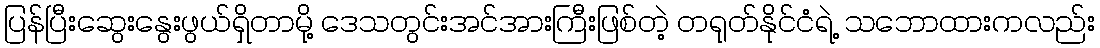
ပြန်ပြီးဆွေးနွေးဖွယ်ရှိတာမို့ ဒေသတွင်းအင်အားကြီးဖြစ်တဲ့ တရုတ်နိုင်ငံရဲ့ သဘောထားကလည်း